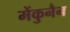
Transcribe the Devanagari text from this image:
मेंकुनैन